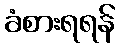
ခံစားရရန်